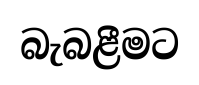
බැබළීමට